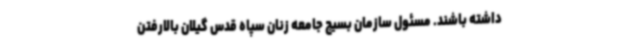
داشته باشند. مسئول سازمان بسیج جامعه زنان سپاه قدس گیلان بالارفتن